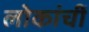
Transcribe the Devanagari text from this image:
लोकांचीं